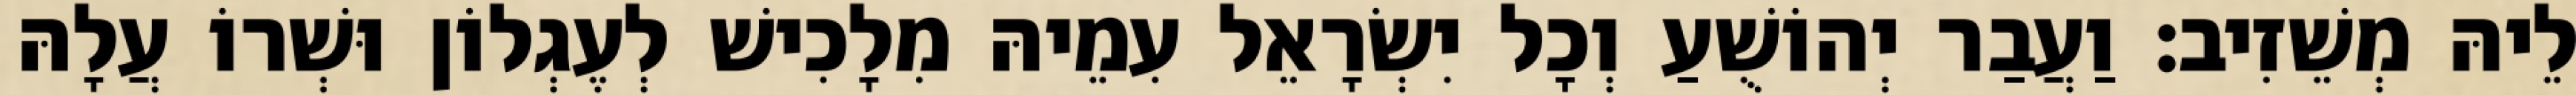
לֵיהּ מְשֵׁזִיב׃ וַעֲבַר יְהוֹשֻׁעַ וְכָל יִשְׂרָאֵל עִמֵיהּ מִלָכִישׁ לְעֶגְלוֹן וּשְׁרוֹ עֲלָהּ